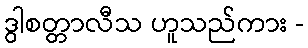
ဒွါစတ္တာလီသ ဟူသည်ကား -